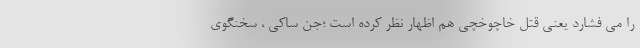
را می فشارد یعنی قتل خاچوخچی هم اظهار نظر کرده است ؛جن ساکی ، سخنگوی